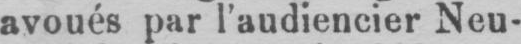
avoués par l’audiencier Neu-